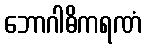
ဘောဂါဓိကရဏံ